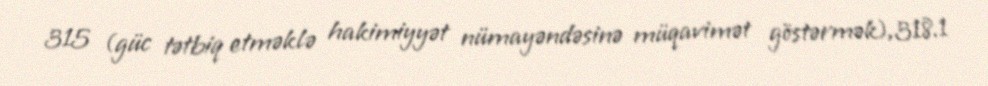
315 (güc tətbiq etməklə hakimiyyət nümayəndəsinə müqavimət göstərmək),318.1